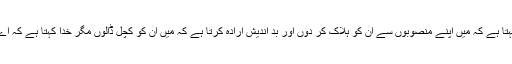
دشمن کہتا ہے کہ مَیں اپنے منصوبوں سے ان کو ہلاک کر دوں اور بد اندیش ارادہ کرتا ہے کہ مَیں ان کو کچل ڈالوں مگر خدا کہتا ہے کہ اے نادان !